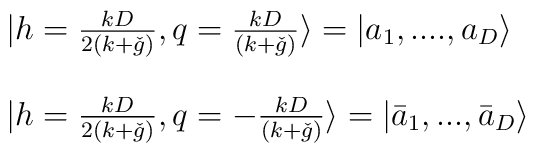
\begin{array}{l}|h=\frac{kD}{2(k+\check{g})}, q=\frac{kD}{(k+\check{g})} \rangle =|a_{1},....,a_{D} \rangle  \\\  \\|h=\frac{kD}{2(k+\check{g})}, q=-\frac{kD}{(k+\check{g})} \rangle =|\bar{a}_{1},..., \bar{a}_{D} \rangle\end{array}